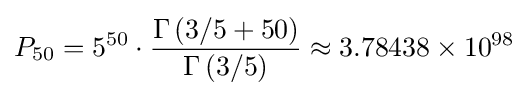
P_{50}=5^{50}\cdot {\frac {\Gamma \left(3/5+50\right)}{\Gamma \left(3/5\right)}}\approx 3.78438\times 10^{98}